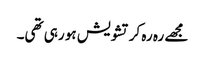
مجھے رہ رہ کر تشویش ہو رہی تھی۔